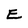
Character: E